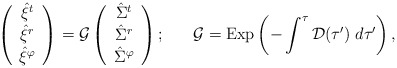
\begin{align*}\left( \begin{array}{c} {\hat{\xi}}^t \\{\hat{\xi}}^r \\ {\hat{\xi}}^\varphi \end{array} \right)={\cal G}\left( \begin{array}{c} {\hat{\Sigma}}^t \\{\hat{\Sigma}}^r \\ {\hat{\Sigma}}^\varphi \end{array} \right);\;\;\;\;\;\;{\cal G}=\mbox{Exp}\left( -\int^\tau{\cal D}(\tau')\; d\tau'\right),\end{align*}